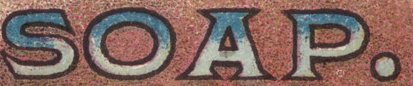
SOAP.